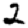
Digit: 2